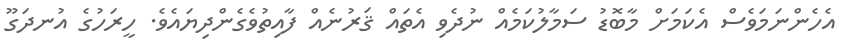
އެހެންނަމަވެސް އެކަމަށް މާބޮޑު ސަމާލުކަމެއް ނުދެވި އެތައް ޤަރުނެއް ފާއިތުވެގެންދިޔައެވެ. ހީރަހުގެ އުނދަގޫ